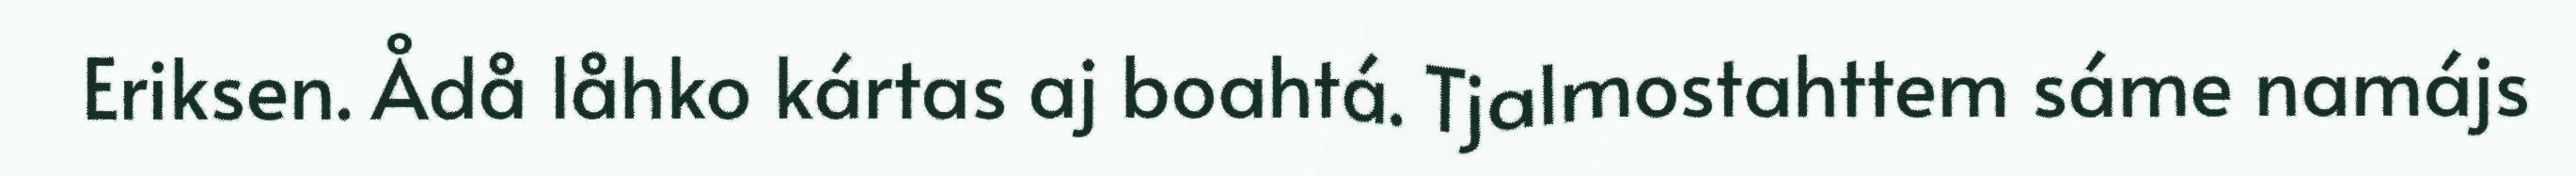
Eriksen. Ådå låhko kártas aj boahtá. Tjalmostahttem sáme namájs